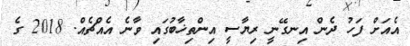
އެއަށް ފަހު ދެން އިނގޭނީ ރިޔާސީ އިންތިޚާބުގައި ވާނެ އެއްޗެއް. 2018 ގެ